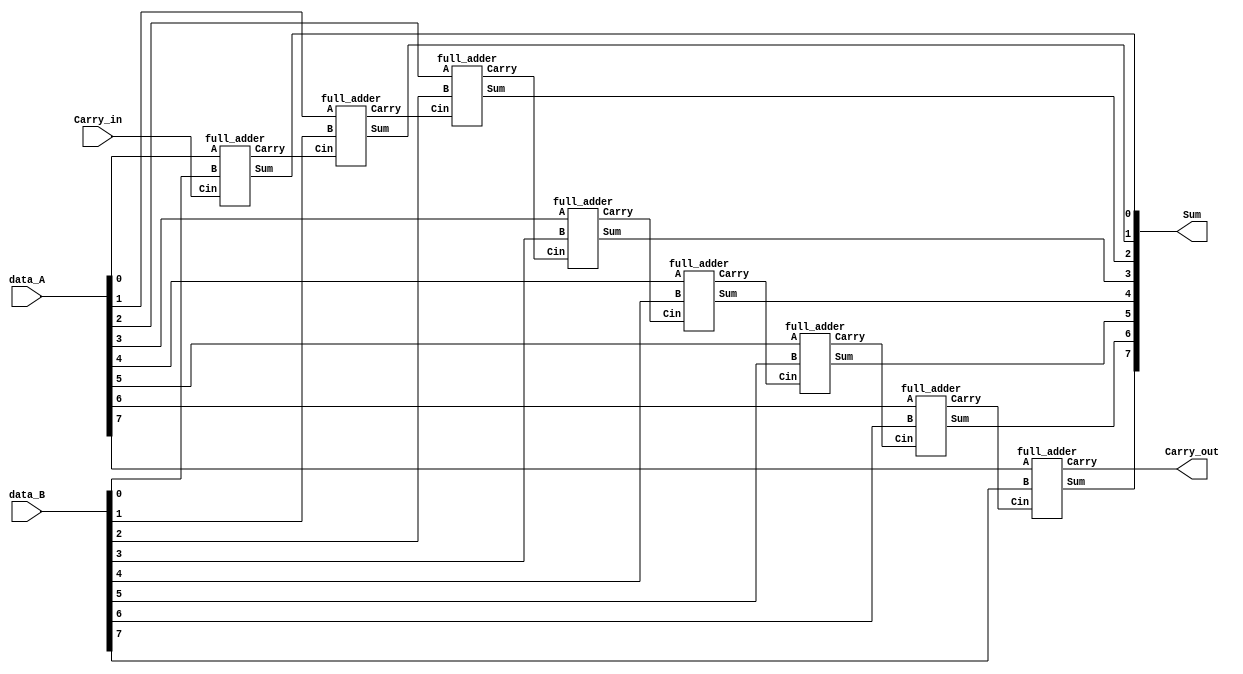
`timescale 1ns / 1ps
//////////////////////////////////////////////////////////////////////////////////
// Company: 
// Engineer: 
// 
// Design Name: 
// Module Name: top_RCA
// Project Name: 
// Target Devices: 
// Tool Versions: 
// Description: 
// 
// Dependencies: 
// 
// Revision:
// Revision 0.01 - File Created
// Additional Comments:
// 
//////////////////////////////////////////////////////////////////////////////////


module top_RCA(data_A, data_B, Carry_in, Sum, Carry_out);

input [7:0] data_A, data_B;
input Carry_in;
output [7:0] Sum;
output Carry_out;
wire [6:0] Carry;

full_adder fa1(data_A[0], data_B[0], Carry_in, Sum[0], Carry[0]);
full_adder fa2(data_A[1], data_B[1], Carry[0], Sum[1], Carry[1]);
full_adder fa3(data_A[2], data_B[2], Carry[1], Sum[2], Carry[2]);
full_adder fa4(data_A[3], data_B[3], Carry[2], Sum[3], Carry[3]);
full_adder fa5(data_A[4], data_B[4], Carry[3], Sum[4], Carry[4]);
full_adder fa6(data_A[5], data_B[5], Carry[4], Sum[5], Carry[5]);
full_adder fa7(data_A[6], data_B[6], Carry[5], Sum[6], Carry[6]);
full_adder fa8(data_A[7], data_B[7], Carry[6], Sum[7], Carry_out);

endmodule

module full_adder(A, B, Cin, Sum, Carry);

input A, B, Cin;
output Sum, Carry;
wire sum_h1, carry_h1, sum_h2, carry_h2;

half_adder ha1(A, B, sum_h1, carry_h1);
half_adder ha2(sum_h1, Cin, sum_h2, carry_h2);

assign Sum = sum_h2;
assign Carry = carry_h1 | carry_h2;

endmodule

module half_adder(A, B, Sum, Carry);

input A, B;
output Sum, Carry;

assign Sum = A^B;
assign Carry = A&B;

endmodule